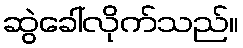
ဆွဲခေါ်လိုက်သည်။